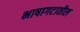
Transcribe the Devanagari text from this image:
भाषागटातील